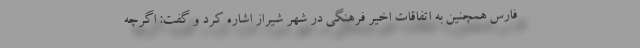
فارس همچنین به اتفاقات اخیر فرهنگی در شهر شیراز اشاره کرد و گفت: اگرچه